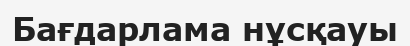
Бағдарлама нұсқауы